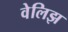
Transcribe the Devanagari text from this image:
वेलिझ